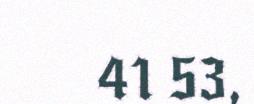
41 53,